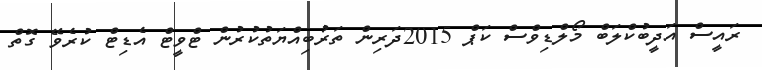
ރައީސް އަދީބުކްލަބް މޯލްޑިވްސް ކަޕް 2015ދަރިން ތަރުބިއްޔަތުކުރުން ޓްވީޓް އެޑިޓް ކުރެވޭ ގޮތް